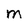
Character: M